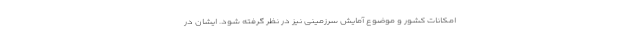
امکانات کشور و موضوع آمایش سرزمینی نیز در نظر گرفته شود. ایشان در